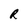
Character: R